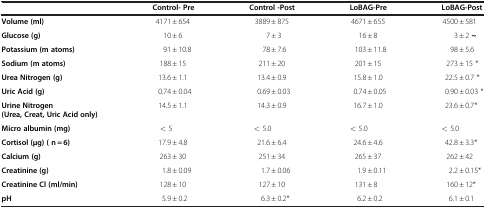
|  | Control- Pre | Control -Post | LoBAG-Pre | LoBAG-Post |
 | --- | --- | --- | --- | --- |
 | Volume (ml) | 4171 ± 654 | 3889 ± 875 | 4671 ± 655 | 4500 ± 581 |
 | Glucose (g) | 10 ± 6 | 7 ± 3 | 16 ± 8 | 3 ± 2 ~ |
 | Potassium (m atoms) | 91 ± 10.8 | 78 ± 7.6 | 103 ± 11.8 | 98 ± 5.6 |
 | Sodium (m atoms) | 188 ± 15 | 211 ± 20 | 201 ± 15 | 273 ± 15 * |
 | Urea Nitrogen (g) | 13.6 ± 1.1 | 13.4 ± 0.9 | 15.8 ± 1.0 | 22.5 ± 0.7 * |
 | Uric Acid (g) | 0.74 ± 0.04 | 0.69 ± 0.03 | 0.74 ± 0.05 | 0.90 ± 0.03 * |
 | Urine Nitrogen (Urea, Creat, Uric Acid only) | 14.5 ± 1.1 | 14.3 ± 0.9 | 16.7 ± 1.0 | 23.6 ± 0.7* |
 | Micro albumin (mg) | < 5 | < 5.0 | < 5.0 | < 5.0 |
 | Cortisol (μg) ( n = 6) | 17.9 ± 4.8 | 21.6 ± 6.4 | 24.6 ± 4.6 | 42.8 ± 3.3* |
 | Calcium (g) | 263 ± 30 | 251 ± 34 | 265 ± 37 | 262 ± 42 |
 | Creatinine (g) | 1.8 ± 0.09 | 1.7 ± 0.06 | 1.9 ± 0.11 | 2.2 ± 0.15* |
 | Creatinine Cl (ml/min) | 128 ± 10 | 127 ± 10 | 131 ± 8 | 160 ± 12* |
 | pH | 5.9 ± 0.2 | 6.3 ± 0.2* | 6.2 ± 0.2 | 6.1 ± 0.1 |